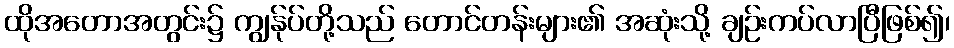
ထိုအတောအတွင်း၌ ကျွန်ုပ်တို့သည် တောင်တန်းများ၏ အဆုံးသို့ ချဉ်းကပ်လာပြီဖြစ်၍၊